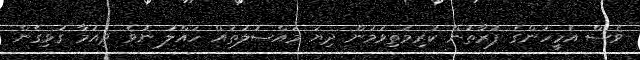
ވެސް އެމީހުންގެ ފަރާތުން ކުރިމަތިވަމުން ދިޔަ މައްސަލަތައް ހައްލު ނުވެ ދިއުމާ ގުޅިގެން